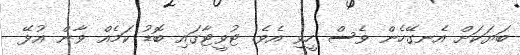
ބަޔަކަށް އެނގޭހެން ވެސް ހީވި އެވެ. ޓުވީޓާގައި ބޮޑު ކަމެއް ވާން އުޅޭ